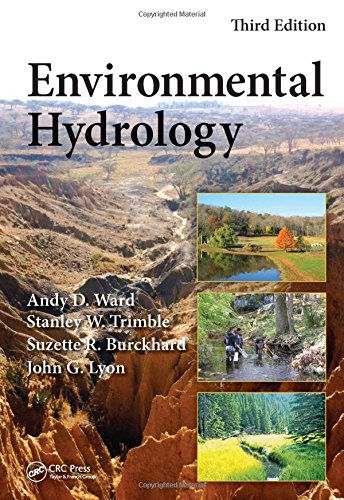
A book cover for Environmental Hydrology, Third Edition; Andy D. Ward; Science & Math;